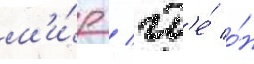
м'и́р / гд'е́ о́н